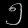
Digit: ၅